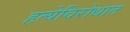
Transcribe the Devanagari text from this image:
हत्येविरोधात